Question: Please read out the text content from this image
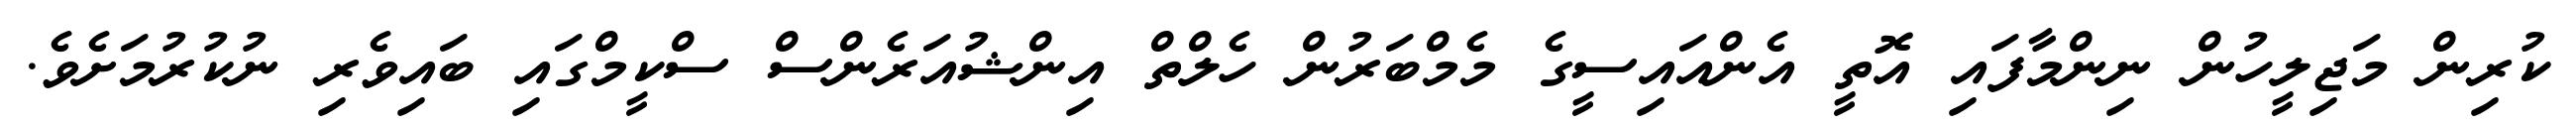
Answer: ކުރިން މަޖިލީހުން ނިންމާފައި އޮތީ އެންއައިސީގެ މެމްބަރުން ހެލްތް އިންޝުއަރެންސް ސްކީމްގައި ބައިވެރި ނުކުރުމަށެވެ.